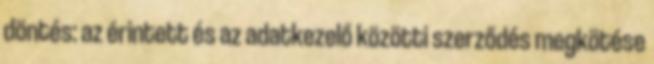
döntés: az érintett és az adatkezelő közötti szerződés megkötése